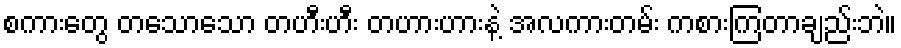
စကားတွေ တသောသော တဟီးဟီး တဟားဟားနဲ့ အလကားတမ်း ကစားကြတာချည်းဘဲ။